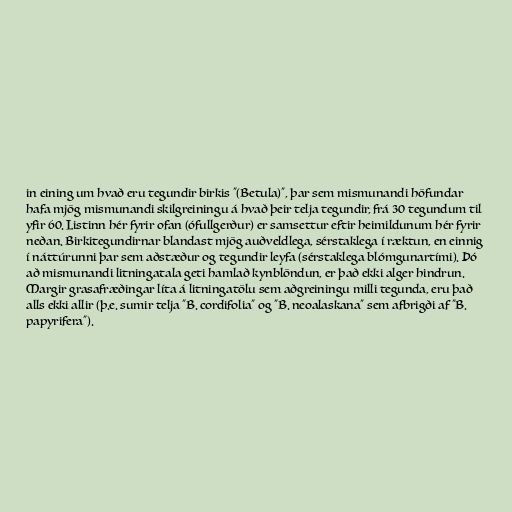
in eining um hvað eru tegundir birkis "(Betula)", þar sem mismunandi höfundar
hafa mjög mismunandi skilgreiningu á hvað þeir telja tegundir, frá 30 tegundum til
yfir 60. Listinn hér fyrir ofan (ófullgerður) er samsettur eftir heimildunum hér fyrir
neðan. Birkitegundirnar blandast mjög auðveldlega, sérstaklega í ræktun, en einnig
í náttúrunni þar sem aðstæður og tegundir leyfa (sérstaklega blómgunartími). Þó
að mismunandi litningatala geti hamlað kynblöndun, er það ekki alger hindrun.
Margir grasafræðingar líta á litningatölu sem aðgreiningu milli tegunda, eru það
alls ekki allir (þ.e. sumir telja "B. cordifolia" og "B. neoalaskana" sem afbrigði af "B.
papyrifera").